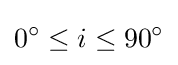
0^{\circ }\leq i\leq 90^{\circ }